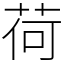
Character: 荷